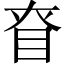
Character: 眘